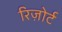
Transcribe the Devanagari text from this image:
रिज़ोर्ट